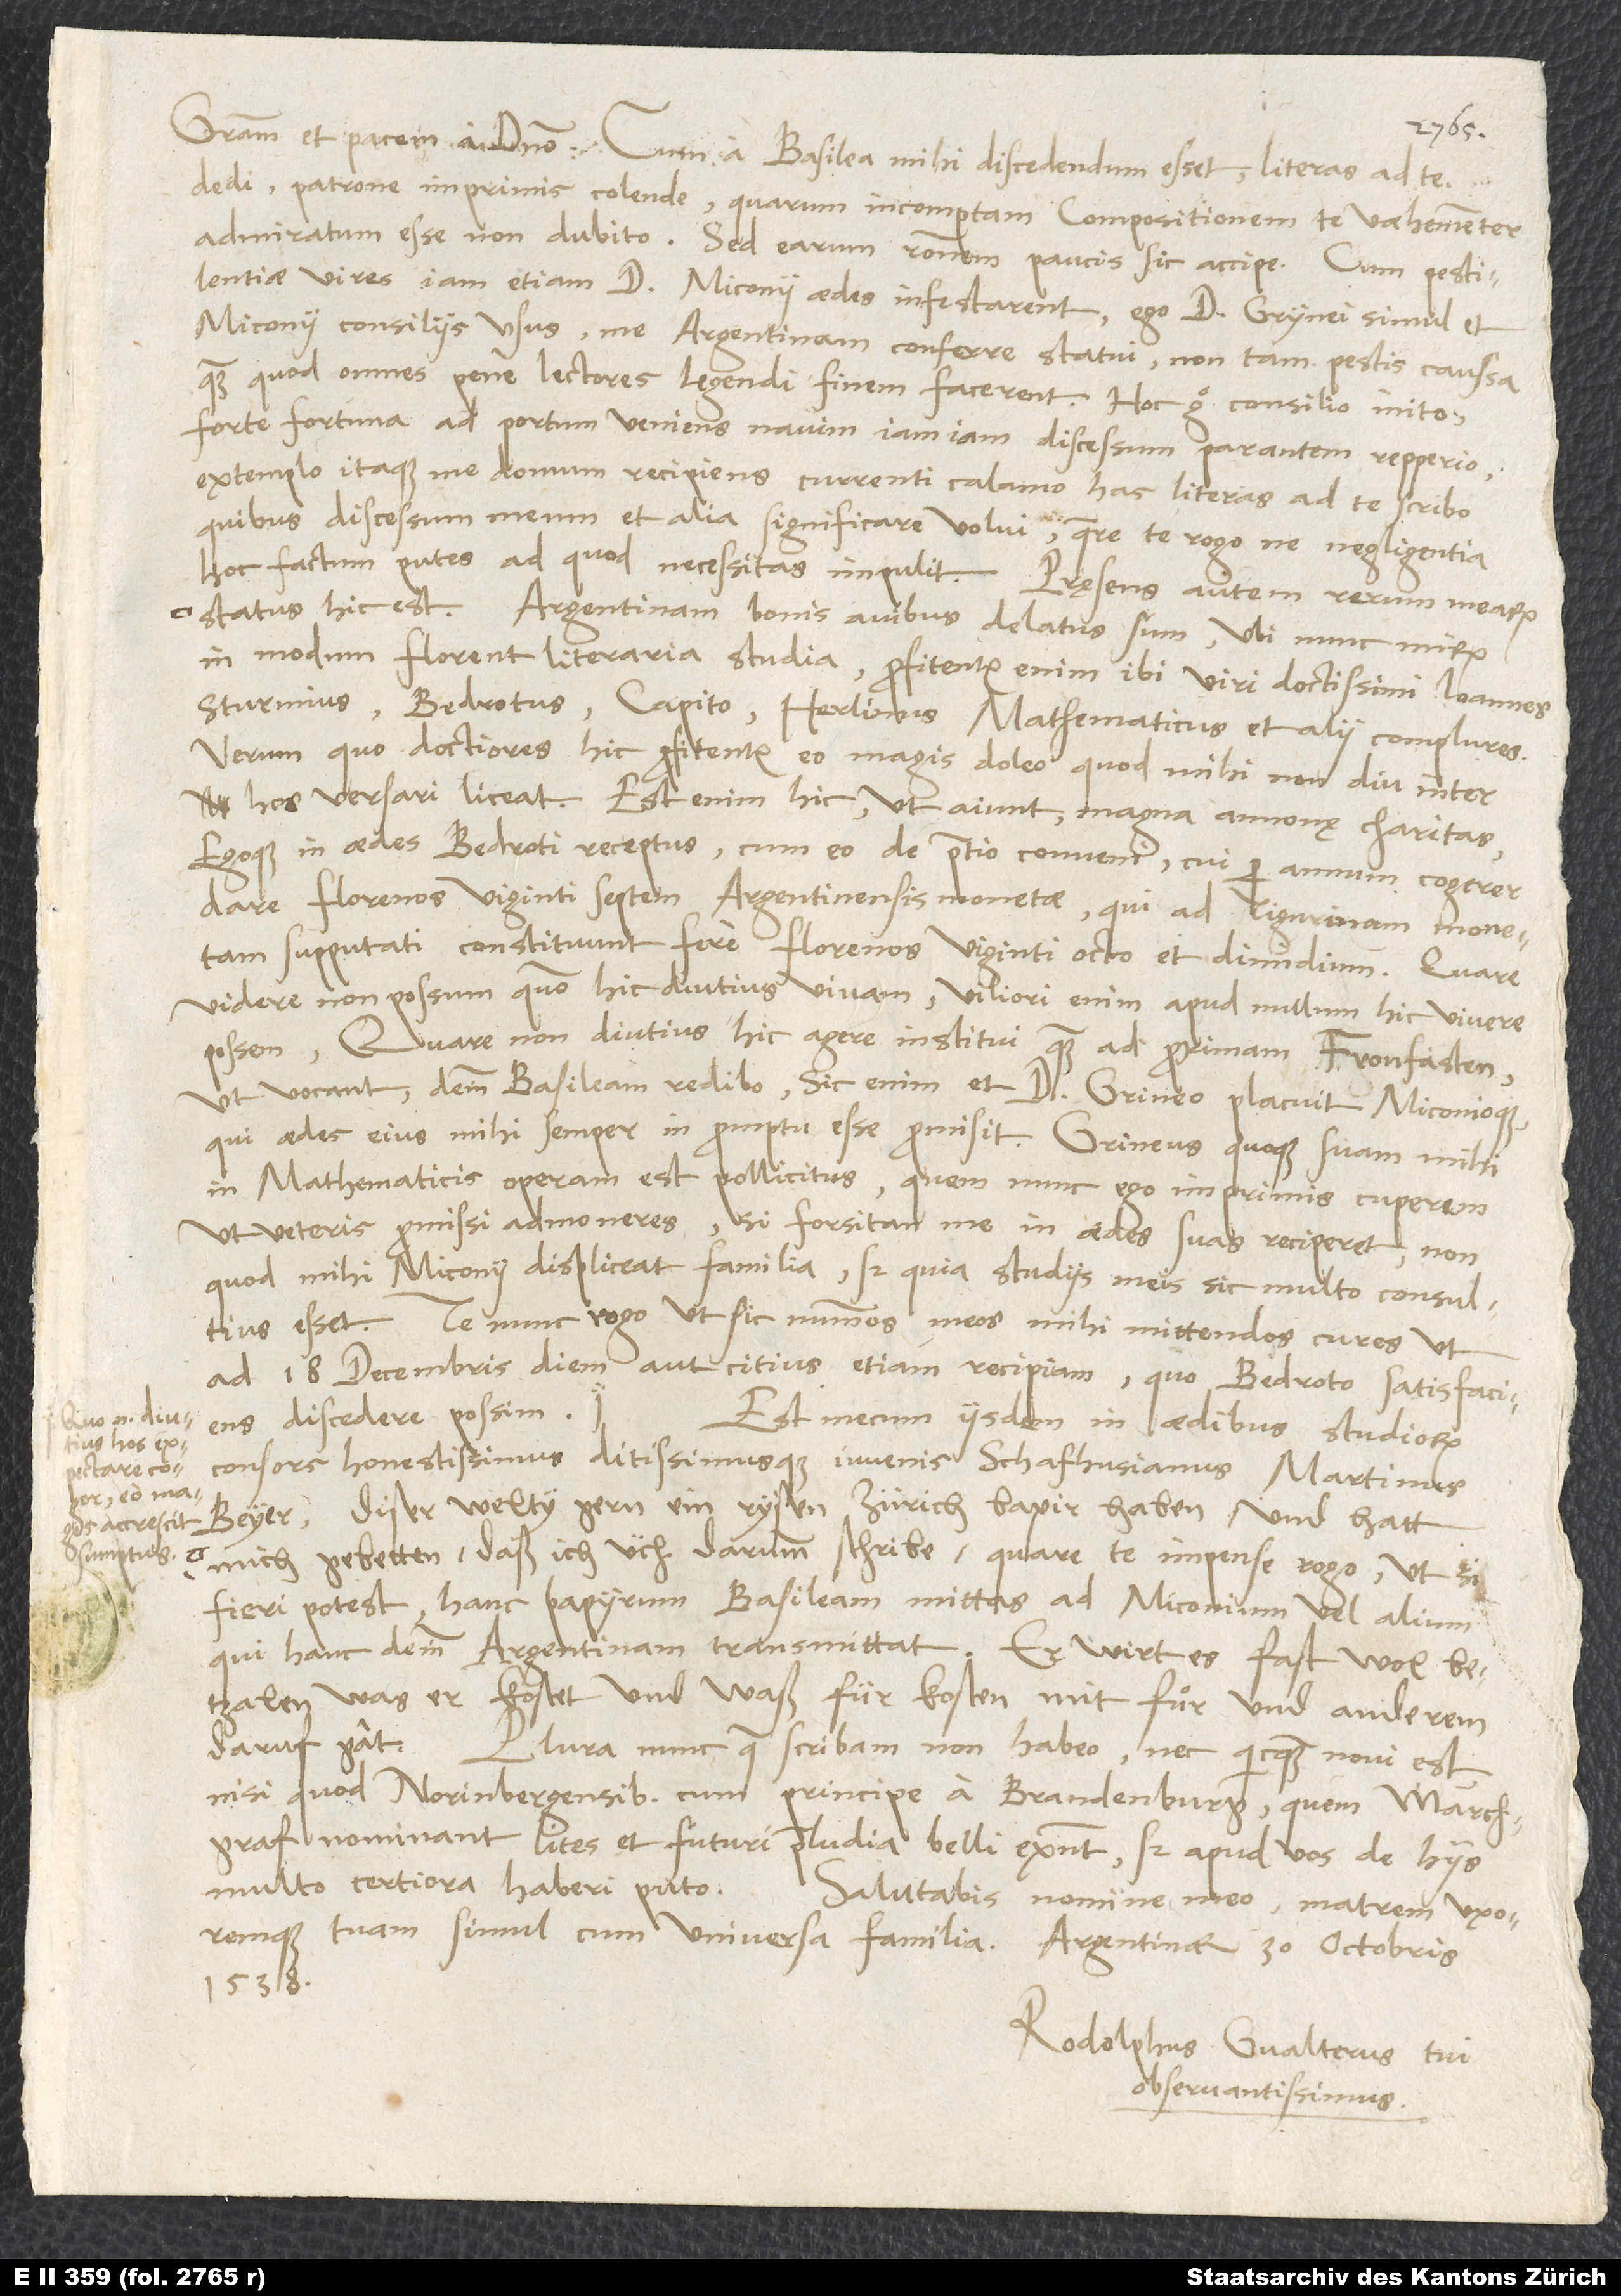
Quo enim diutius
accrescit
sumptus.

dedi, patrone imprimis colende, quarum incomptam compositionem te vaehementer
admiratum esse non dubito. Sed earum rationem paucis sic accipe: Cum pestilentiae
vires iam etiam d. Miconii aedes infestarent, ego d. Grynei simul et
Miconii consiliis usus me Argentinam conferre statui, non tam pestis caussa,
quam quod omnes pene lectores legendi finem facerent. Hoc ergo consilio inito
forte fortuna ad portum veniens navim iam iam discessum parantem repperio.
Extemplo itaque me domum recipiens currenti calamo has literas ad te scribo,
quibus discessum meum et alia significare volui. Quare te rogo, ne negligentia
status hic est: Argentinam bonis avibus delatus sum, ubi nunc mirum
in modum florent literaria studia. Profitentur enim ibi viri doctissimi Ioannes
Sturmius, Bedrotus, Capito, Herlinus mathematicus et alii complures.
Verum quo doctiores hic profitentur, eo magis doleo, quod mihi non diu inter
hos versari liceat. Est enim hic, ut aiunt, magna annonę charitas,
egoque in aedes Bedroti receptus cum eo de pretio conveni, cui per annum cogerer
florenos viginti septem Argentinensis monetae, qui ad Tigurinam monetam
supputati constituunt fere florenos viginti octo et dimidium. Quare
videre non possum, quomodo hic diutius vivam. Viliori enim apud nullum hic vivere
possem. Quare non diutius hic agere institui quam ad proximam fronfasten,
ut vocant, deinde Basileam redibo; sic enim et d. Grineo placuit Miconioque,
qui aedes eius mihi semper in promptu esse promisit. Grineus quoque suam mihi
in mathematicis operam est pollicitus, quem nunc ego imprimis cuperem,
ut veteris promissi admoneres, si forsitan me in aedes suas reciperet - non
quod mihi Miconii displiceat familia, sed quia studiis meis sic multo consultius
esset. Te nunc rogo, ut sic nummos meos mihi mittendos cures, ut
ad 18. decembris diem aut citius etiam recipiam, quo Bedroto satisfaciens
discedere possim.
Est mecum iisdem in aedibus studiorum
consors honestissimus ditissimusque iuvenis Schafhusianus, Martinus
Beyer. Diser welty gern ein rysen Zürich bapir haben und hatt
mich gebetten, daß ich üch darumb schribe; quare te impense rogo, ut, si
fieri potest, hanc papyrum Basileam mittas ad Miconium vel alium,
qui hanc deinde Argentinam transmittat. Er wirt es fast wol
betzalen, was er kostet und waß für kosten mit fuͦr und anderem
daruf gat.
Plura nunc, quae scribam, non habeo, nec quicquam novi est,
nisi quod Norinbergensibus cum principe a Brandenburg, quem marchgraf
nominant, lites et futuri praeludia belli existunt; sed apud vos de hiis
1538.
Rodolphus Gvalterus, tui
observantissimus.